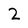
Character: 2